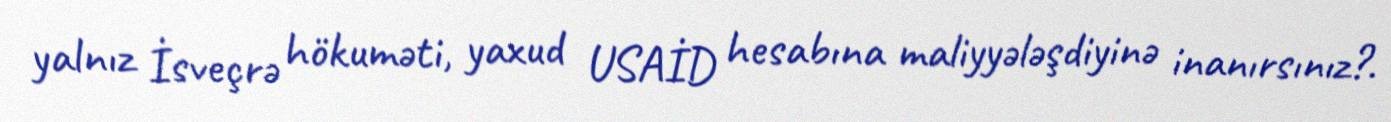
yalnız İsveçrə hökuməti, yaxud USAİD hesabına maliyyələşdiyinə inanırsınız?.